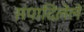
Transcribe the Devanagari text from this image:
संपादिलेले